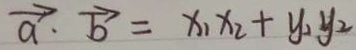
\overrightarrow { a } \cdot \overrightarrow { b } = x _ { 1 } x _ { 2 } + y _ { 1 } y _ { 2 }